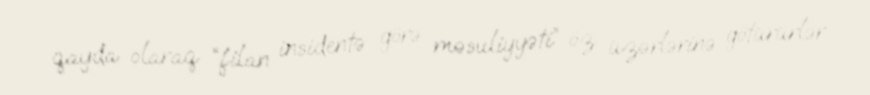
qayda olaraq “filan insidentə görə məsuliyyəti” öz üzərlərinə götürürlər.